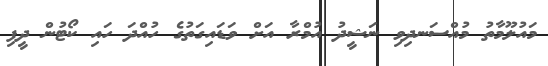
މައުލޫމާތު މުއްސަނދިވި ނަޝީދު އުމްރާ އަށް ވަޑައިގަތުގެ ހުއްދަ ހައި ކޯޓުން ދީފި